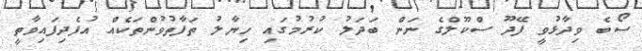
ސޯބެ ވިދާޅުވީ ފޭދޫ ސްކޫލްގެ ނަން ބަދަލު ކުރުމުގައި ހިޔާލު ތަފާތުވުންތަކެއް އުފެދިފައިވާތީ